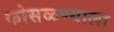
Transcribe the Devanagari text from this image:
कोसळण्याला